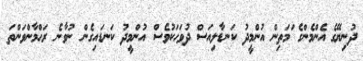
ދުނިޔޭގެ އެންމެންގެ ަމަތިން އުންމީދު ކަނޑާލިއަސް ދުވަހަކުވެސް އުންމީދު ކަނޑައިގެން ނުވާނެ ރަޙްމާންވަންތަ